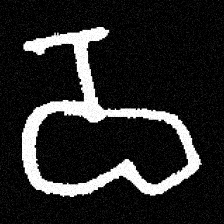
Pyu character \u2014 Myanmar letter: ဝ (romanized: wa)